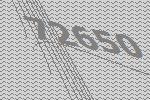
72650